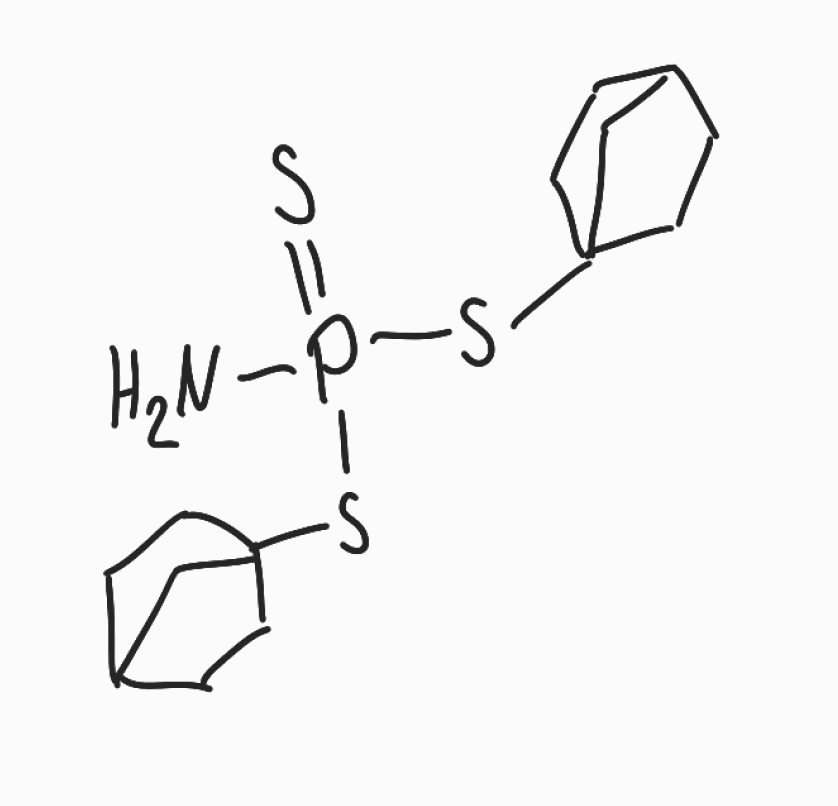
Simplified molecular-input line-entry system (SMILES) notation of the given molecule:
C1CC2(CCC1C2)SP(=S)(N)SC34CCC(C3)CC4